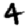
Digit: 4